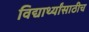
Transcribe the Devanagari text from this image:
विद्यार्थ्यांसाठीच